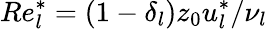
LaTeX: Re_{l}^{*}=(1-\delta_{l})z_{0}u_{l}^{*}/\nu_{l}